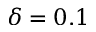
\delta = 0 . 1